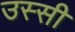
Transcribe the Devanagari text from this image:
उस्सी